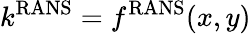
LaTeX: k^{\mathrm{RANS}}=f^{\mathrm{RANS}}(x,y)